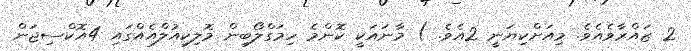
2 ޒައްރާވެއެވެ. މިއަށްކިޔަނީ 2އެވެ. ) މާނައަކީ ކޮންމެ ހިމަގްލޯބިން މޮލިކިއުލްއެއްގައި 4އޮކްސިޖަން